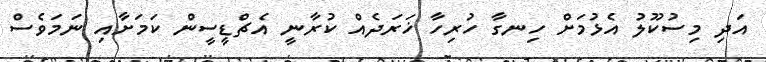
އަދި މިސުކޫލު އެޅުމަށް ހިނގާ ހުރިހާ ޚަރަދެއް ކުރާނީ އެޗްޑީސީން ކަމަށާއި ނަމަވެސް